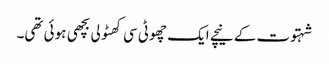
شہتوت کے نیچے ایک چھوٹی سی کھٹولی بچھی ہوئی تھی۔